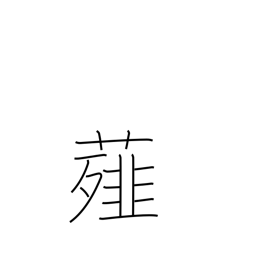
Meaning: scallion